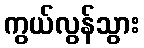
ကွယ်လွန်သွား